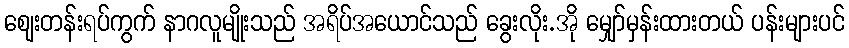
ဈေးတန်းရပ်ကွက် နာဂလူမျိုးသည် အရိပ်အယောင်သည် ခွေးလိုး.အို မျှော်မှန်းထားတယ် ပန်းများပင်